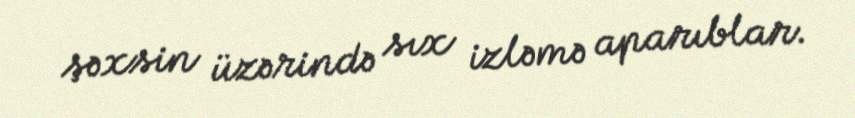
şəxsin üzərində sıx izləmə aparıblar.